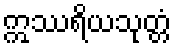
ဣဿရိယသုတ္တံ